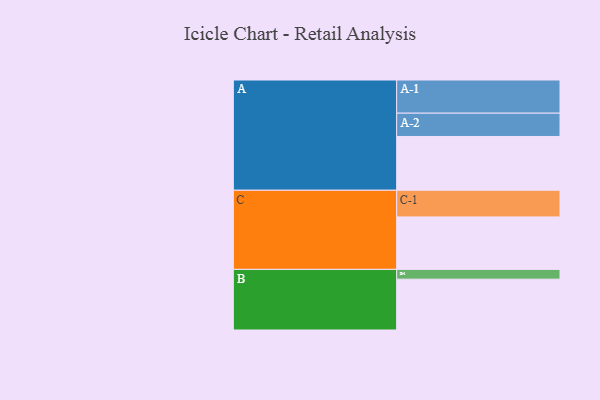
{"axis": {"x": "Segment", "y": "Value"}, "legend": ["", "A", "B", "C"], "data": [{"x": "A", "y": 480, "type": ""}, {"x": "B", "y": 454, "type": ""}, {"x": "C", "y": 468, "type": ""}, {"x": "A-1", "y": 296, "type": "A"}, {"x": "A-2", "y": 208, "type": "A"}, {"x": "B-1", "y": 87, "type": "B"}, {"x": "C-1", "y": 238, "type": "C"}]}